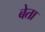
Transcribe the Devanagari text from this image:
बेता